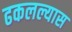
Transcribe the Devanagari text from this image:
ढकलल्यास